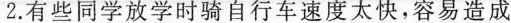
2.有些同学放学时骑自行车速度太快，容易造成